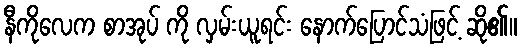
နီကိုလေက စာအုပ် ကို လှမ်းယူရင်း နောက်ပြောင်သံဖြင့် ဆို၏။